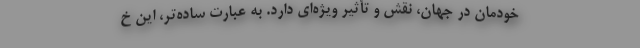
خودمان در جهان، نقش و تأثیر ویژه‌ای دارد. به عبارت ساده‌تر، این خ